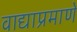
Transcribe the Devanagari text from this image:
वाद्याप्रमाणे